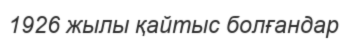
1926 жылы қайтыс болғандар